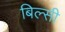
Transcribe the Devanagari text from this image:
बिल्‍सी